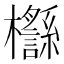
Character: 𣠡